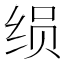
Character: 𰬚